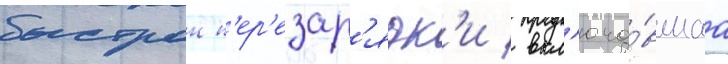
быстрои п'ер'езар'ядк'и / вкл'юча́вшаа